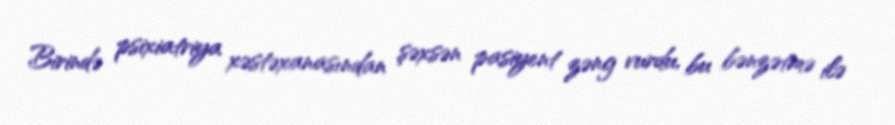
Birində psixiatriya xəstəxanasından şəxsən pasiyent zəng vurdu, bu bənzətmə ilə